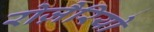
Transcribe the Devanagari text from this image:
रोज़ैरियो